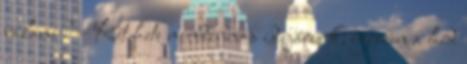
valami? – Két hete mindennap idejárunk, egészen a híd